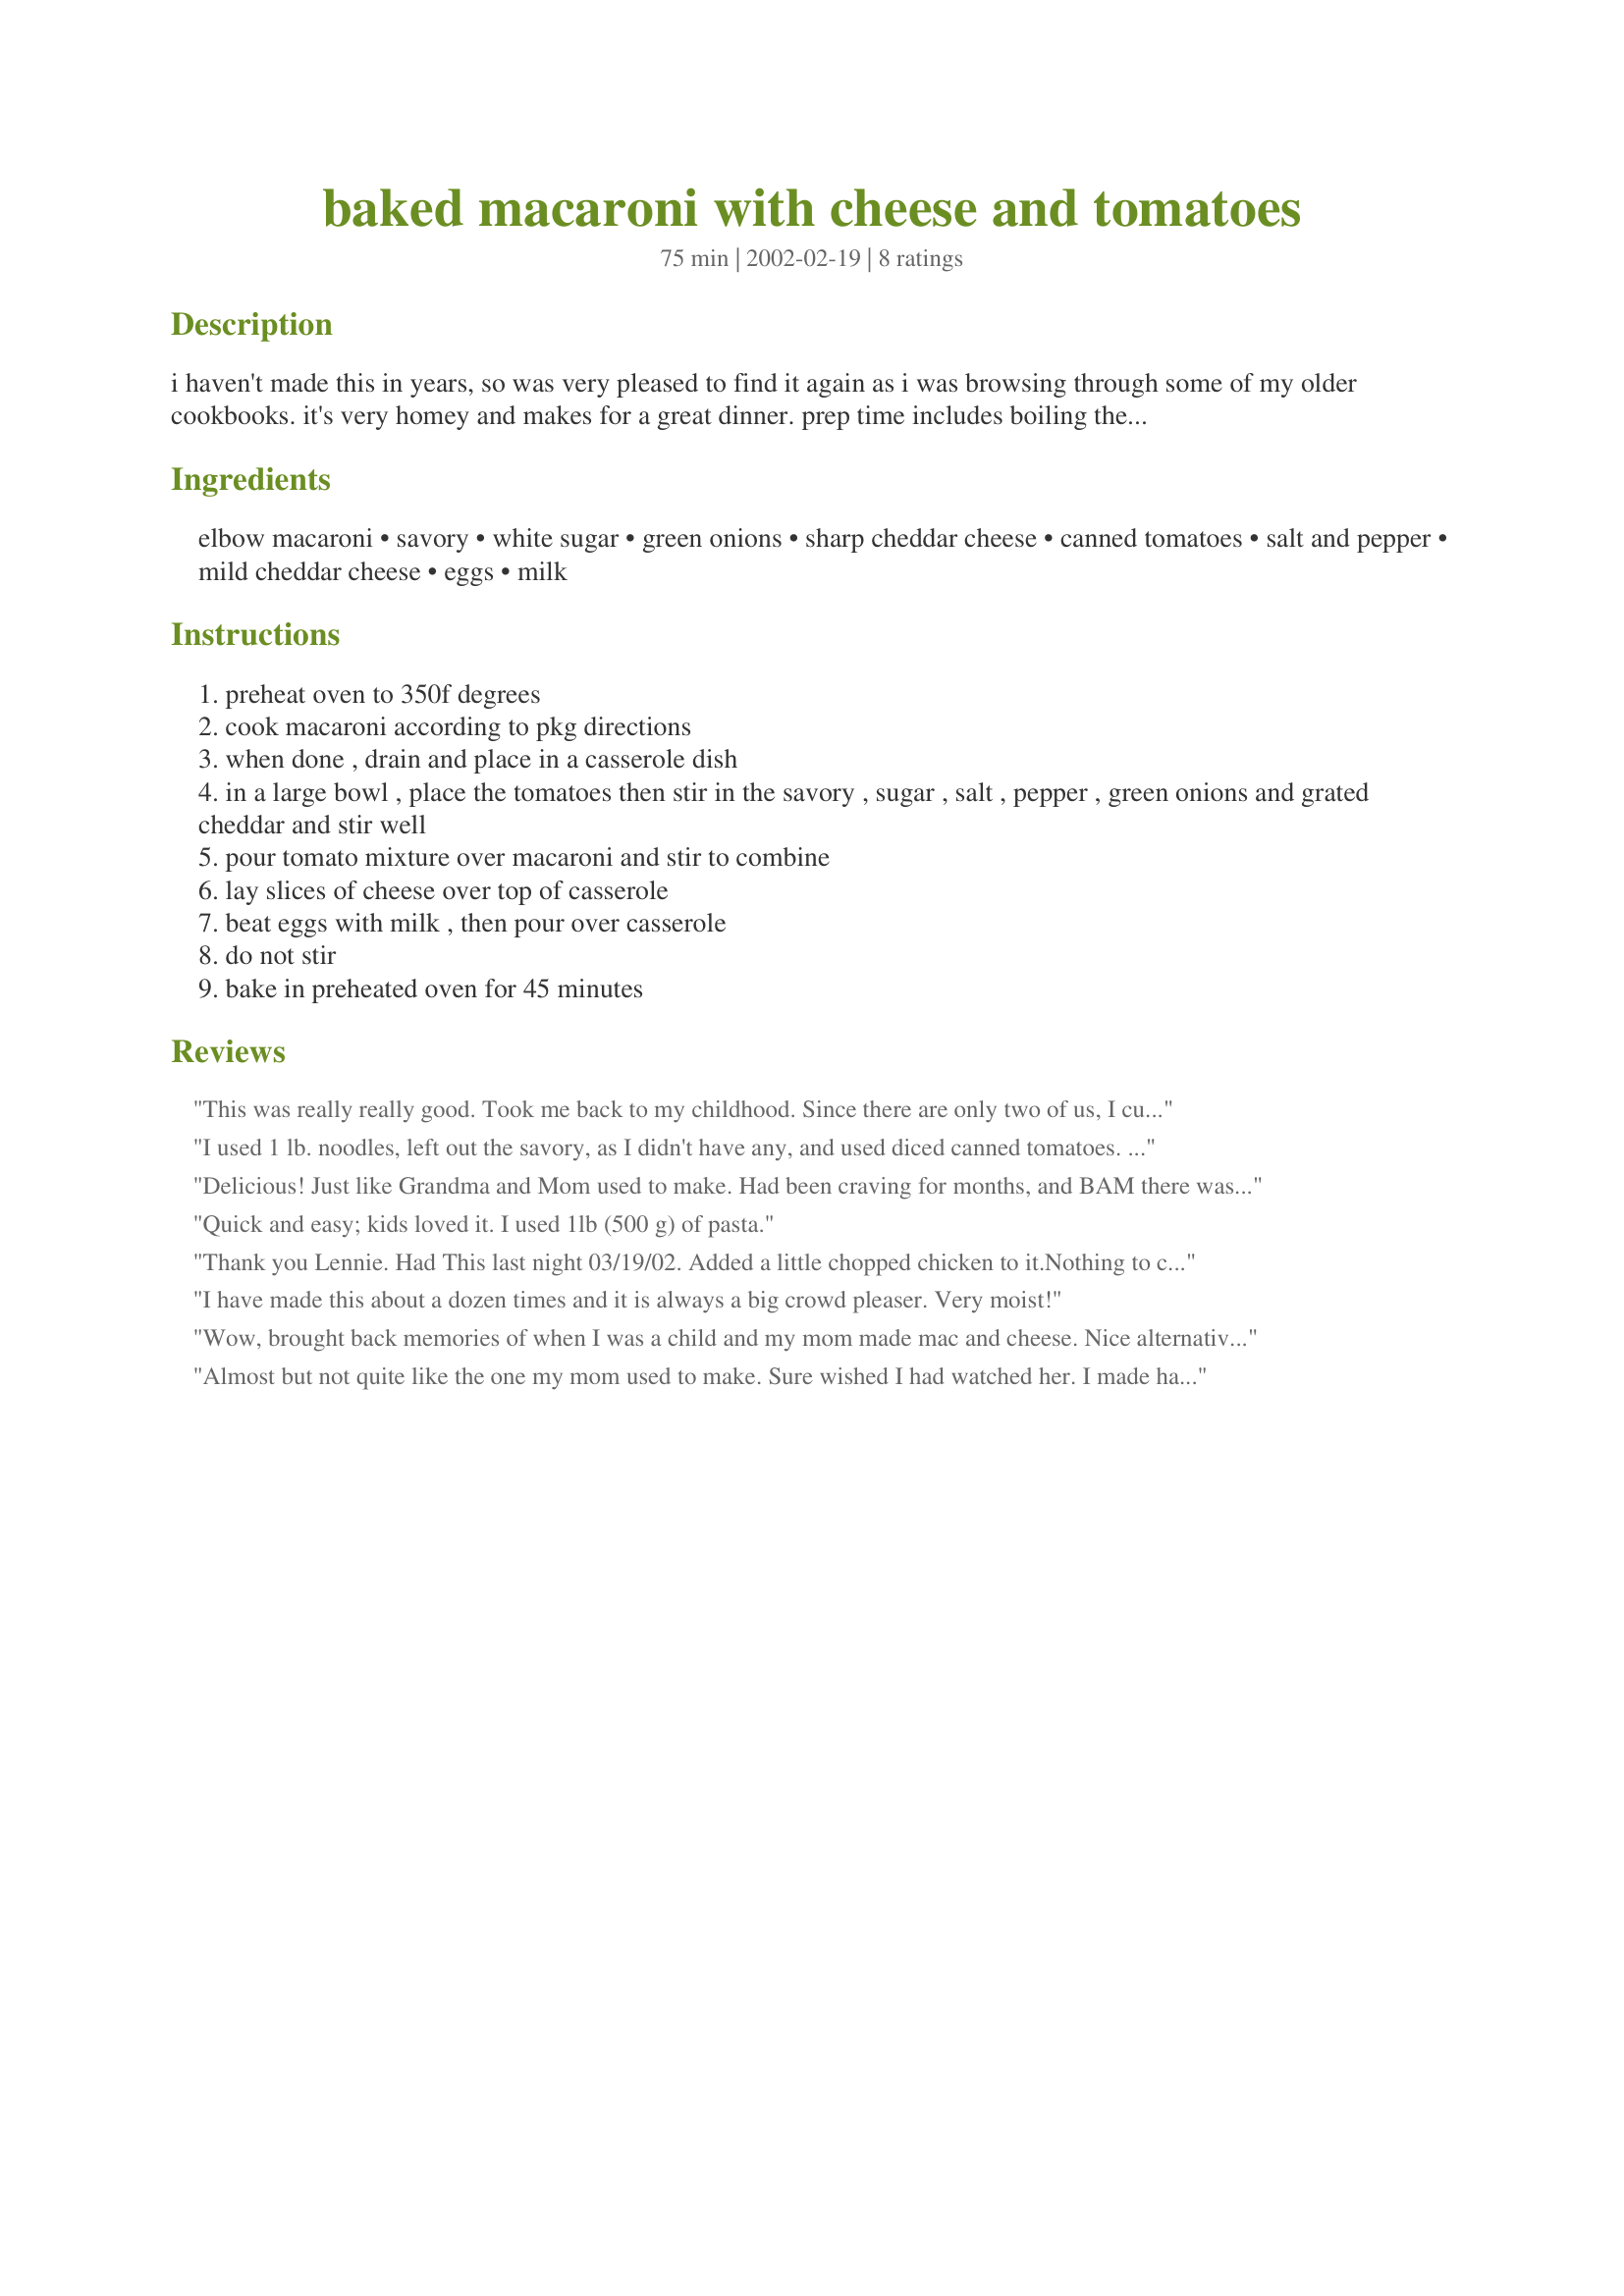
baked macaroni with cheese and tomatoes
Preparation time: 75 minutes

i haven't made this in years, so was very pleased to find it again as i was browsing through some of my older cookbooks. it's very homey and makes for a great dinner. prep time includes boiling the macaroni.

Ingredients:
elbow macaroni, savory, white sugar, green onions, sharp cheddar cheese, canned tomatoes, salt and pepper, mild cheddar cheese, eggs, milk

Steps:
preheat oven to 350f degrees
cook macaroni according to pkg directions
when done , drain and place in a casserole dish
in a large bowl , place the tomatoes then stir in the savory , sugar , salt , pepper , green onions and grated cheddar and stir well
pour tomato mixture over macaroni and stir to combine
lay slices of cheese over top of casserole
beat eggs with milk , then pour over casserole
do not stir
bake in preheated oven for 45 minutes

Reviews:
This was really really good. Took me back to my childhood. Since there are only two of us, I cut the recipe in half and it turned out great! Thanks for the recipe!!
I used 1 lb. noodles, left out the savory, as I didn't have any, and used diced canned tomatoes. The result was a comforting meal that my DH and I enjoyed to the max. Gosh, talk about good! Thanks for sharing Lennie!
Delicious! Just like Grandma and Mom used to make. Had been craving for months, and BAM
there was your recipe! Followed instructions, and used tomatoes that were already diced. Could not find Savory at the local atore, but was still
delicious! Hubby also raved!
Quick and easy; kids loved it. I used 1lb (500 g) of pasta.
Thank you Lennie. Had This last night 03/19/02.
Added a little chopped chicken to it.Nothing to change the taste.
Wife and I thought it was very good.
I have made this about a dozen times and it is always a big crowd pleaser. Very moist!
Wow, brought back memories of when I was a child and my mom made mac and cheese. Nice alternative to creamy mac and cheese that is popular today.
Almost but not quite like the one my mom used to make. Sure wished I had watched her. I made half the recipe as there are only two of us so perhaps I should not have baked it quite as long as I thought it was a wee bit dry. I think next time I will add more onion and perhaps some of the tomato juice.
